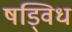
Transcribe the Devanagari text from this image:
षड्विध